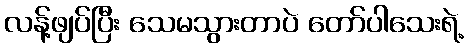
လန့်ဖျပ်ပြီး သေမသွားတာပဲ တော်ပါသေးရဲ့